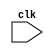
module timing_controller (
    input wire clk,
    // Add input/output ports for control signals, data signals, etc.
);

// Define your internal signals and registers here

// Create modules for clock generation, data transfer rate management, communication protocol handling, etc.

// Implement logic for bus arbitration, error checking, and flow control

// Declare any other necessary logic for timing control and synchronization

endmodule